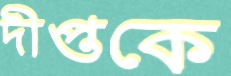
দীপ্তকে